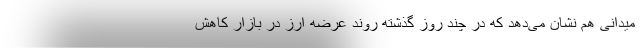
میدانی هم نشان می‌دهد که در چند روز گذشته روند عرضه ارز در بازار کاهش